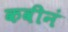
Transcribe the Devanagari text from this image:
कवीनं